Annual returns of the Patna Lunatic Asylum at Bankipore in Bihar and Orissa - 1912-1924
Year: 1912
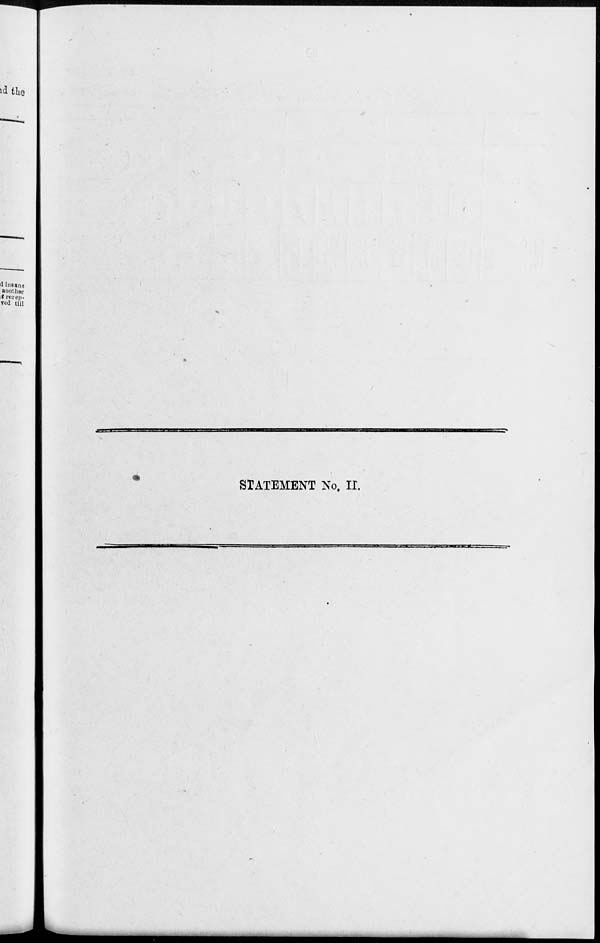
STATEMENT No. II.